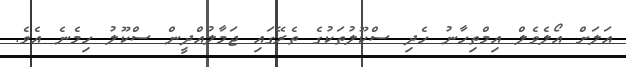
އަލަށް އޯލެވެލް އިމްތިހާނު ހެދި ސްކޫލުތަކުގެ ތެރޭގައި ޖަމާލުއްދީން ސްކޫލު ހިމެނެ އެވެ.